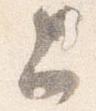
上